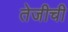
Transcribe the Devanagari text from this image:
तेजीची